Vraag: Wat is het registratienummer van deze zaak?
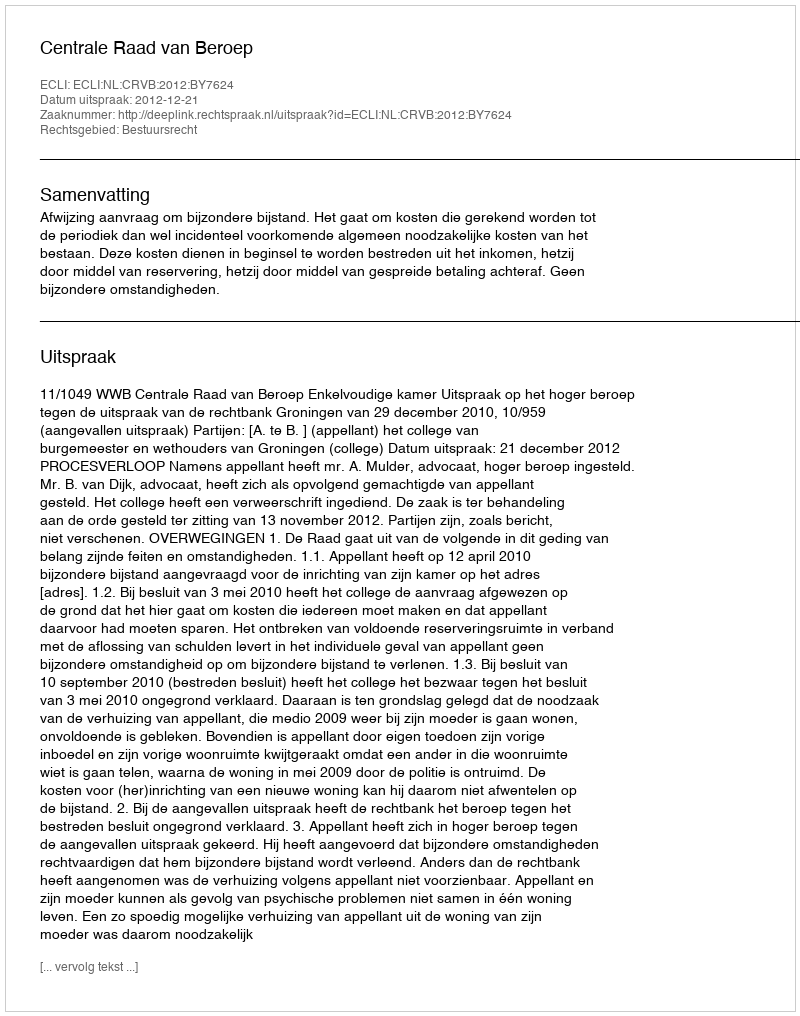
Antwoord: http://deeplink.rechtspraak.nl/uitspraak?id=ECLI:NL:CRVB:2012:BY7624